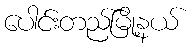
ပေါင်းတည်မြို့နယ်